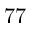
7 7